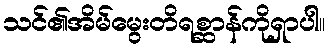
သင်၏အိမ်မွေးတိရစ္ဆာန်ကိုရှာပါ။